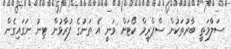
ސަލާމަތީ ބާރުތަކުން ސްޕްރީމް ކޯޓަށް ވަނީ އެ ތަނުގެ ފުރާޅުން ޓިނު ނަގައިގެން